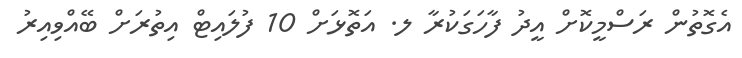
އެގޮތުން ރަސްމީކޮށް އީދު ފާހަގަކުރާ ލ. އަތޮޅަށް 10 ފުލައިޓް އިތުރަށް ބޭއްވިއިރު